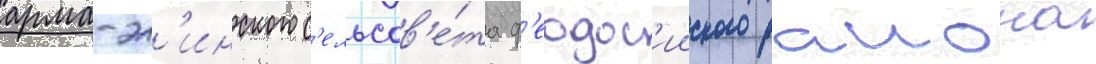
арма-эл'инского с'ельсов'е́та ф'еодос'ииского раиона